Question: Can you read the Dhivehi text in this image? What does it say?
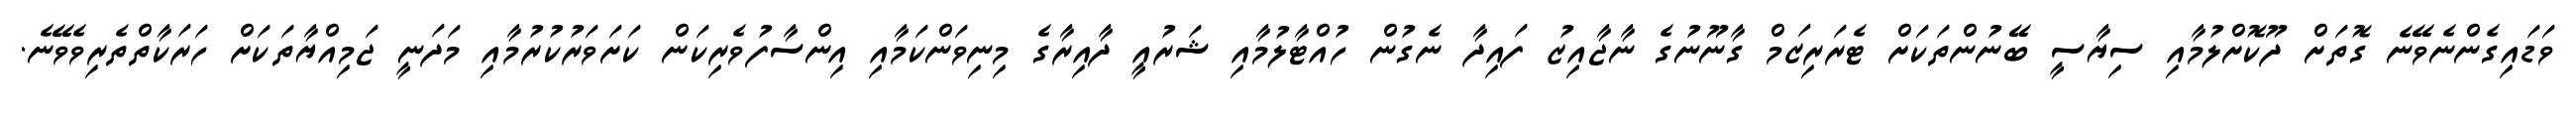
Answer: ވަޑައިގެންނެވޭނެ ގޮތަށް ދޫކޮށްލުމާއި ސިޔާސީ ބޭނުންތަކަށް ޓެރަރިޒަމް ގާނޫނުގެ ނާޖާއިޒު ފައިދާ ނެގުން ހުއްޓާލުމާއި ޝަރުއީ ދާއިރާގެ މިނިވަންކަމާއި އިންސާފުވެރިކަން ކަށަވަރުކުރުމާއި މަދަނީ ޖަމިއްޔާތަކަށް ހަރަކާތްތެރިވެވޭނެ.